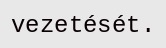
vezetését.